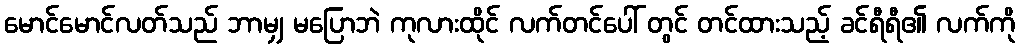
မောင်မောင်လတ်သည် ဘာမျှ မပြောဘဲ ကုလားထိုင် လက်တင်ပေါ် တွင် တင်ထားသည့် ခင်ရီရီ၏ လက်ကို